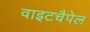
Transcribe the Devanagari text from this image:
वाइटचैपेल